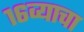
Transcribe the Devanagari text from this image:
१६व्याचा